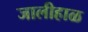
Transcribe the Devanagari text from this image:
जालीहाळ